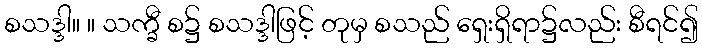
စသဒ္ဒါ။ ။ သက္ခီ စ၌ စသဒ္ဒါဖြင့် တုမှ စသည် ရှေးရှိရာ၌လည်း စီရင်၍